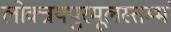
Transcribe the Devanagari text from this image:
लोक्त्रयपुरमूलस्तम्भं